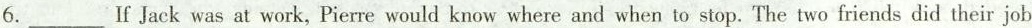
6. ___ If Jack was at work, Pierre would know where and when to stop. The two friends did their job